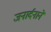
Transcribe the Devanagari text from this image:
जनार्दनाने